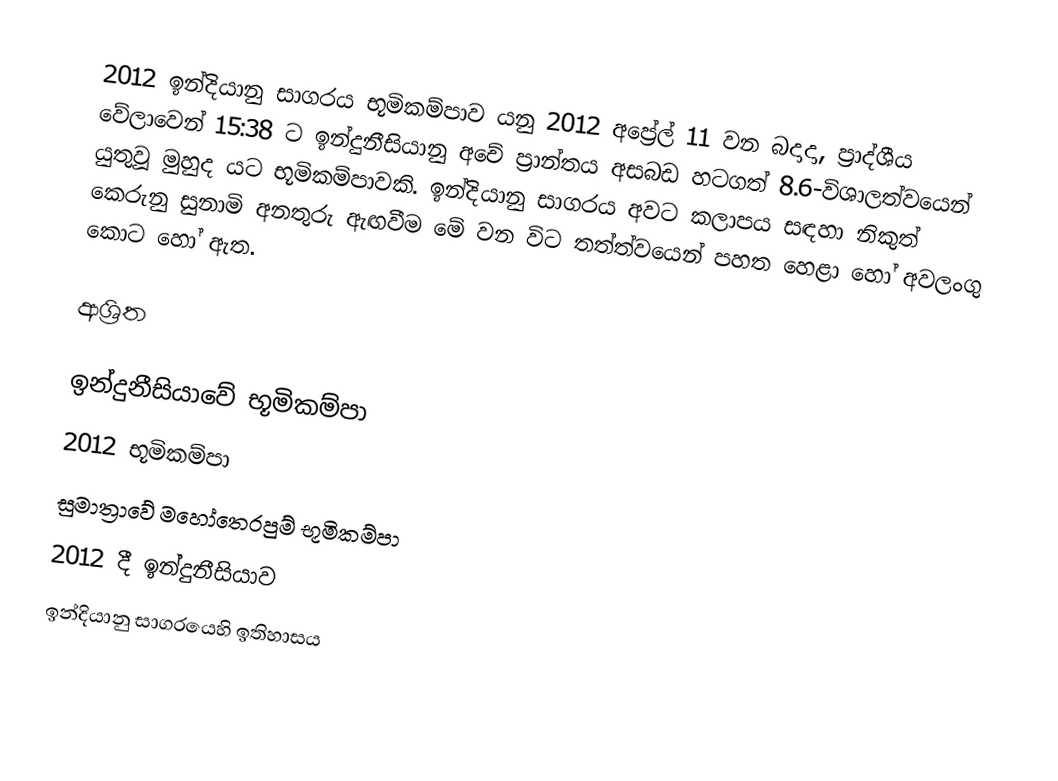
2012 ඉන්දියානු සාගරය භූමිකම්පාව  යනු 2012 අප්‍රේල් 11 වන බදාදා, ප්‍රාද්ශීය වේලාවෙන්  15:38 ට   ඉන්දුනීසියානු  අචේ ප්‍රාන්තය අසබඩ හටගත් 8.6-විශාලත්වයෙන් යුතුවූ  මුහුද යට භූමිකම්පාවකි.  ඉන්දියානු සාගරය අවට කලාපය සඳහා නිකුත් කෙරුනු සුනාමි අනතුරු ඇඟවීම මේ වන විට තත්ත්වයෙන් පහත හෙළා හෝ අවලංගු කොට හෝ ඇත.

ආශ්‍රිත

ඉන්දුනීසියාවේ භූමිකම්පා
2012 භූමිකම්පා
සුමාත්‍රාවේ මහෝතෙරපුම් භූමිකම්පා
2012 දී ඉන්දුනීසියාව
ඉන්දියානු සාගරයෙහි ඉතිහාසය